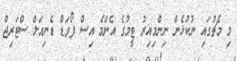
މި މެޗުގައި ނުކުޅެން ނިންމިއިރު ޓީމުގެ އެންމެ އިސް ފޯވަޑް ޑެނިއަލް ސްޓަރިޖް